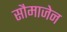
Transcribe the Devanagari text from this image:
सौमाजेन